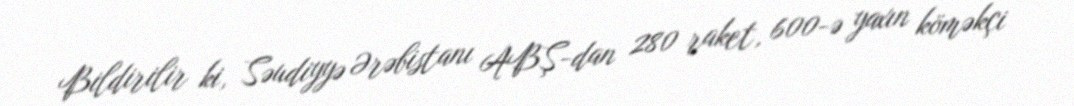
Bildirilir ki, Səudiyyə Ərəbistanı ABŞ-dan 280 raket, 600-ə yaxın köməkçi